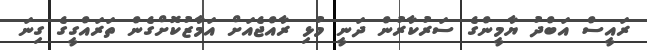
ރައީސް އަބްދު ޔާމީންގެ ސަރުކާރުން ދަނީ މުޅި ރާއްޖެއަށް އަމާޒުކޮށްގެން ތަރައްގީގެ ގިނަ